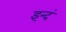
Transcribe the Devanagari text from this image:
इन्दं